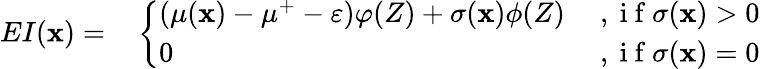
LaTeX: \begin{array}{rl}{EI(\textbf{x})=}&{{}\left\{ \begin{array}{ll}{(\mu(\textbf{x})-\mu^{+}-\varepsilon)\varphi(Z)+\sigma(\textbf{x})\phi(Z)}&{\mathrm{~,~i~f~}\sigma(\textbf{x})>0}\\ {0}&{\mathrm{~,~i~f~}\sigma(\textbf{x})=0}\end{array}\right.}\end{array}